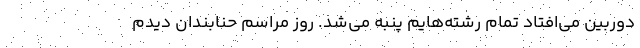
دوربین می‌افتاد تمام رشته‌هایم پنبه می‌شد. روز مراسم حنابندان دیدم